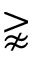
\gnapprox